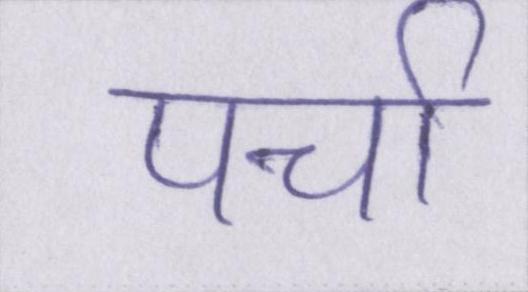
पर्चा